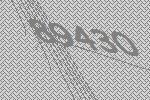
89430